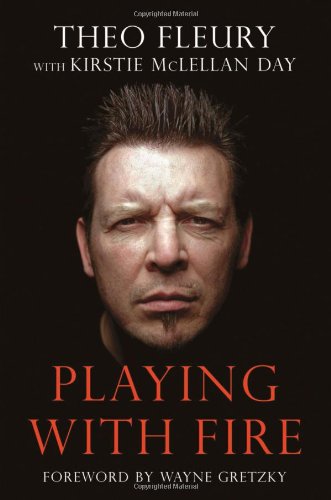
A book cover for Playing With Fire; Theo Fleury; Biographies & Memoirs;